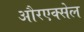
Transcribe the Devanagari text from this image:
औरएक्सेल